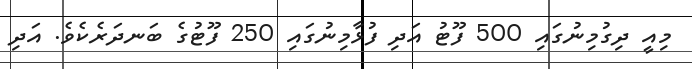
މިއީ ދިގުމިނުގައި 500 ފޫޓު އަދި ފުޅާމިނުގައި 250 ފޫޓުގެ ބަނދަރެކެވެ. އަދި